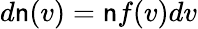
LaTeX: d\mathsf{n}(v)=\mathsf{n}f(v)dv